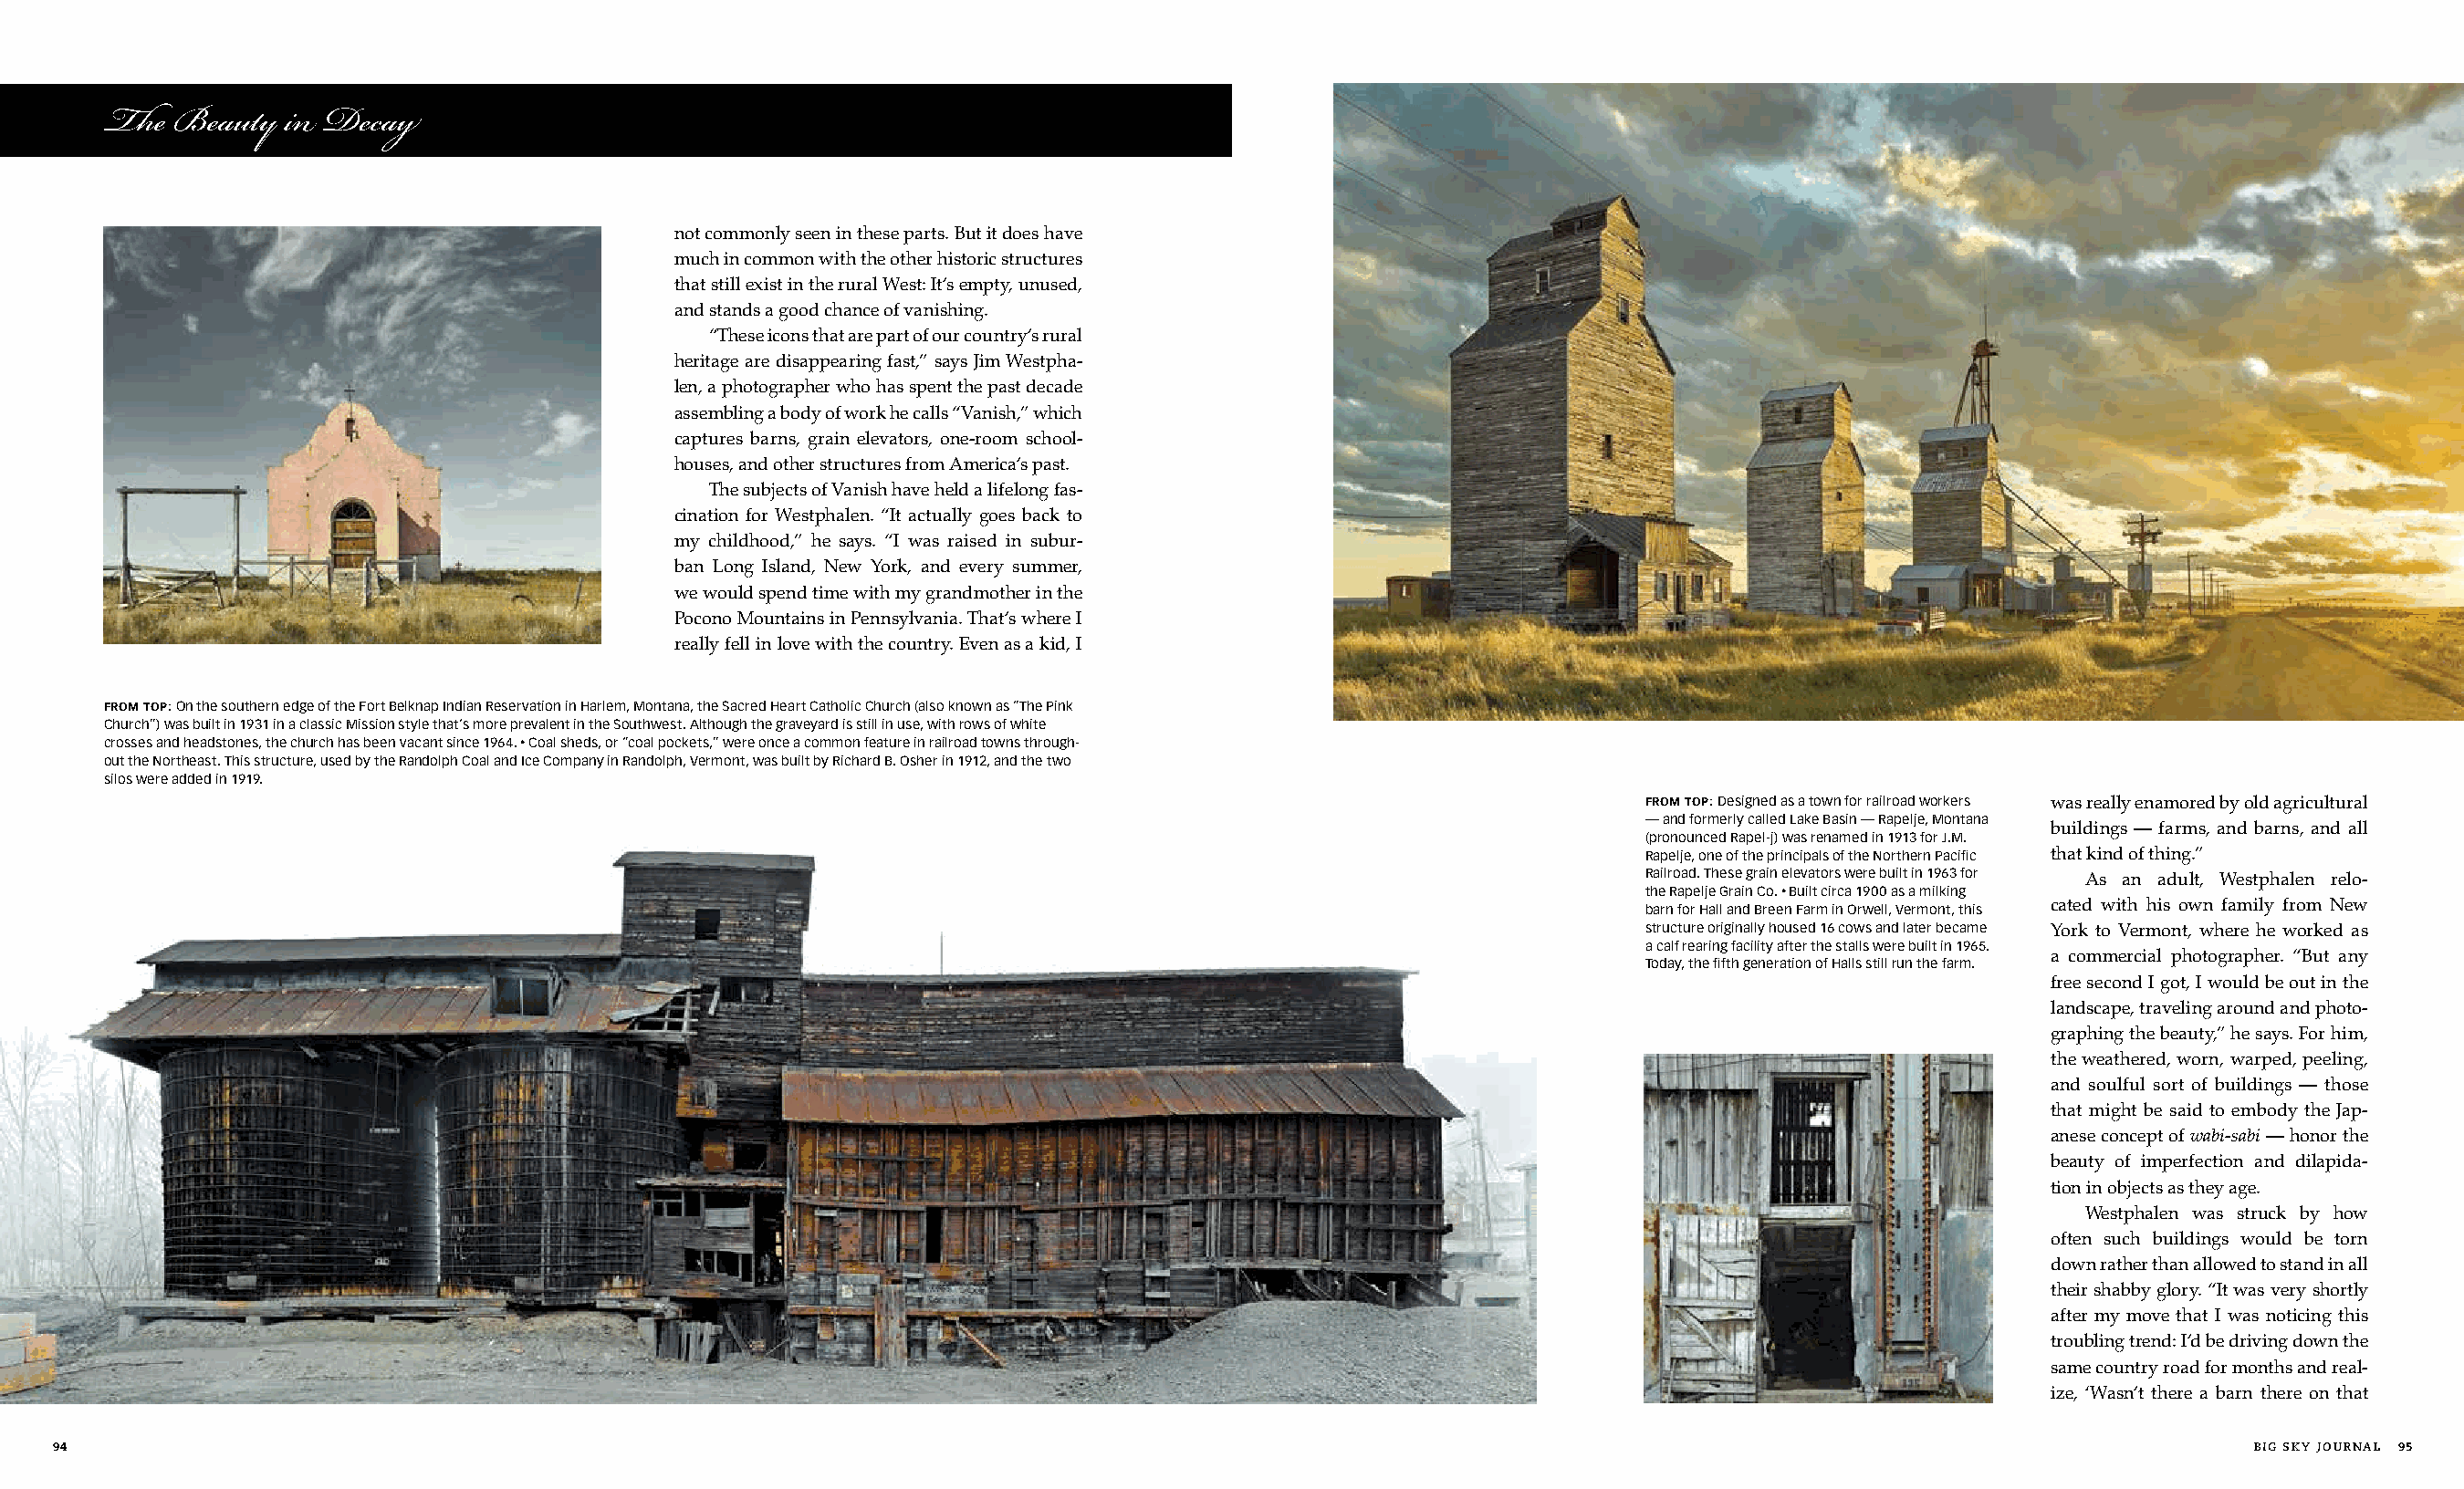
The  Beauty  in Decay
 not commonly seen in these parts. But it does have
 much in common with the other historic structures
 that still exist in the rural West: It’s empty, unused,
 and stands a good chance of vanishing.
 “These icons that are part of our country’s rural
 heritage are disappearing fast,” says Jim Westpha-
 len, a photographer who has spent the past decade
 assembling a body of work he calls “Vanish,” which
 captures barns, grain elevators, one-room school-
 houses, and other structures from America’s past.
 The subjects of Vanish have held a lifelong fas-
 cination for Westphalen. “It actually goes back to
 my childhood,” he says. “I was raised in subur-
 ban Long Island, New York, and every summer,
 we would spend time with my grandmother in the
 Pocono Mountains in Pennsylvania. That’s where I
 really fell in love with the country. Even as a kid, I
 from top: On the southern edge of the Fort Belknap Indian Reservation in Harlem, Montana, the Sacred Heart Catholic Church (also known as “The Pink
 Church”) was built in 1931 in a classic Mission style that’s more prevalent in the Southwest. Although the graveyard is still in use, with rows of white
 crosses and headstones, the church has been vacant since 1964. • Coal sheds, or “coal pockets,” were once a common feature in railroad towns through-
 out the Northeast. This structure, used by the Randolph Coal and Ice Company in Randolph, Vermont, was built by Richard B. Osher in 1912, and the two
 silos were added in 1919.
 from top: Designed as a town for railroad workers was really enamored by old agricultural
 — and formerly called Lake Basin — Rapelje, Montana
 buildings — farms, and barns, and all
 (pronounced Rapel-j) was renamed in 1913 for J.M.
 Rapelje, one of the principals of the Northern Pacific that kind of thing.”
 Railroad. These grain elevators were built in 1963 for
 As an adult, Westphalen relo-
 the Rapelje Grain Co. • Built circa 1900 as a milking
 barn for Hall and Breen Farm in Orwell, Vermont, this cated with his own family from New
 structure originally housed 16 cows and later became York to Vermont, where he worked as
 a calf rearing facility after the stalls were built in 1965.
 a commercial photographer. “But any
 Today, the fifth generation of Halls still run the farm.
 free second I got, I would be out in the
 landscape, traveling around and photo-
 graphing the beauty,” he says. For him,
 the weathered, worn, warped, peeling,
 and soulful sort of buildings — those
 that might be said to embody the Jap-
 anese concept of wabi-sabi — honor the
 beauty of imperfection and dilapida-
 tion in objects as they age.
 Westphalen was struck by how
 often such buildings would be torn
 down rather than allowed to stand in all
 their shabby glory. “It was very shortly
 after my move that I was noticing this
 troubling trend: I’d be driving down the
 same country road for months and real-
 ize, ‘Wasn’t there a barn there on that
 94                                                                                                                                                              Big sky journal 95